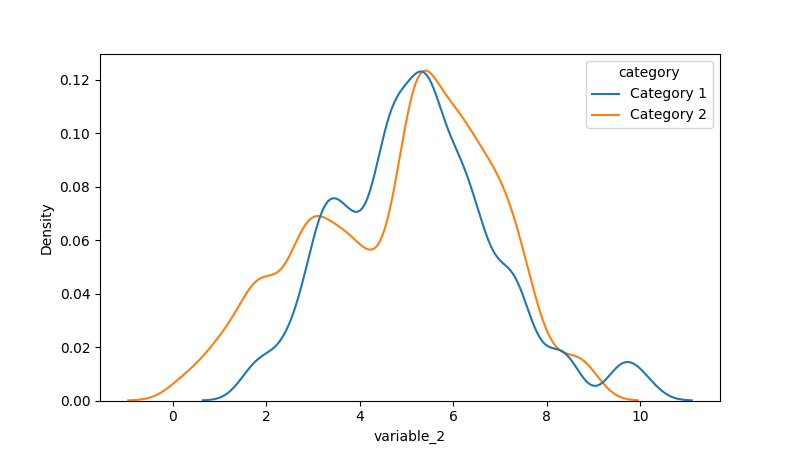
python, seaborn, kdeplot, hue='category', fill=False, bw_adjust=0.5